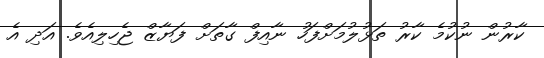
ކާރުން ނުކުމެ ކާރު ތަޅުލުމަށްފަހު ނާއިފް ގާތަށް ފަޔާޒް ޖެހިލިއެވެ. އަދި އެ